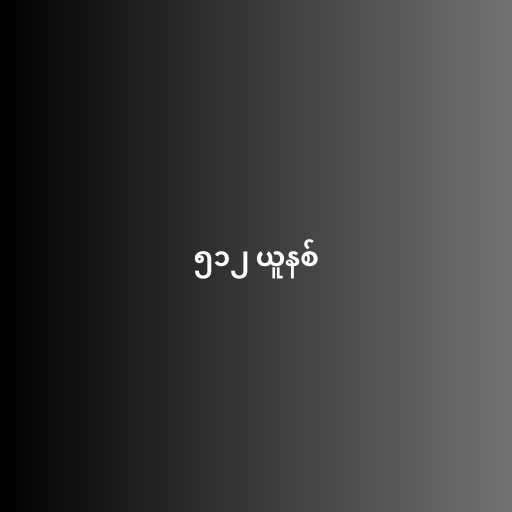
၅၁၂ ယူနစ်